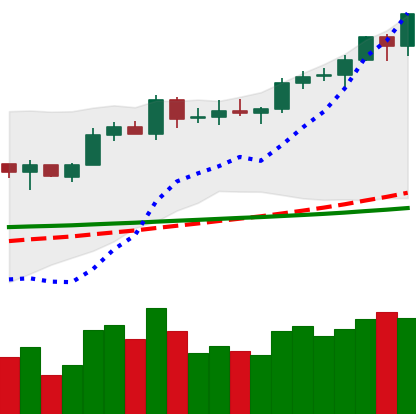
Ticker: EOS-USD
Chart end date: 2020-02-11
Forward return: -15.891%
Label: down_7plus